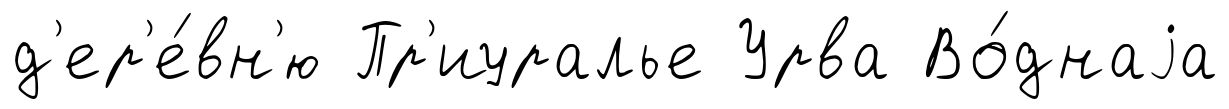
д'ер'е́вн'ю Пр'иуралье Урва Во́днаjа